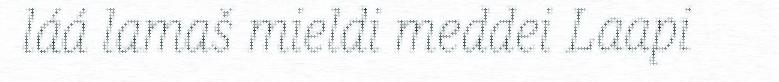
láá lamaš mieldi meddei Laapi